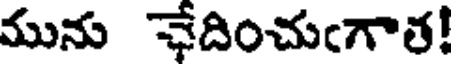
మును ఛేదించుఁగాత!